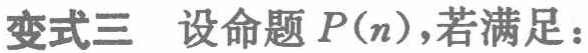
变式三 设命题 \(P(n)\)，若满足：